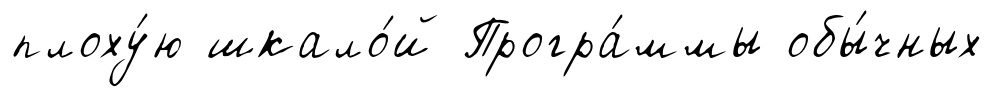
плоху́ю шкало́й Програ́ммы обы́чных